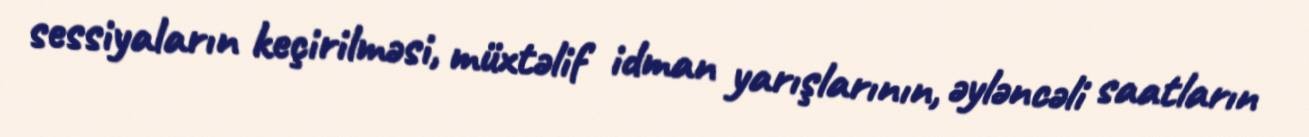
sessiyaların keçirilməsi, müxtəlif idman yarışlarının, əyləncəli saatların